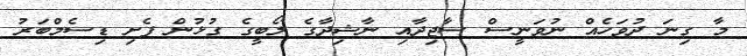
މާ ގިނަ ދުވަހެއް ނުވަނީސް ސާޖިދާއި ނާޝިދާގެ ލޯބީގެ ގުޅުން ފެށި ޑިސެމްބަރު